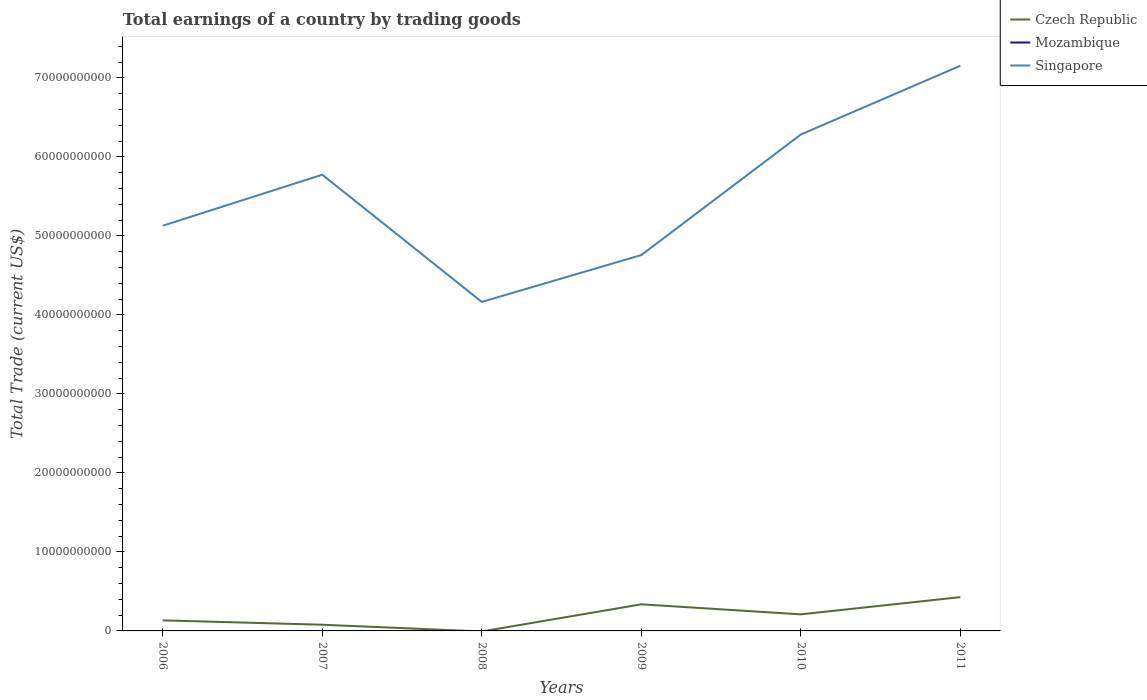
| Years | Czech Republic | Mozambique | Singapore |
 | --- | --- | --- | --- |
 | 2006 | 1.34e+09 | -2.68e+08 | 5.13e+10 |
 | 2007 | 7.83e+08 | -3.99e+08 | 5.77e+10 |
 | 2008 | -6.96e+07 | -9.9e+08 | 4.16e+10 |
 | 2009 | 3.37e+09 | -1.27e+09 | 4.76e+10 |
 | 2010 | 2.1e+09 | -1.18e+09 | 6.28e+10 |
 | 2011 | 4.28e+09 | -2.25e+09 | 7.15e+10 |